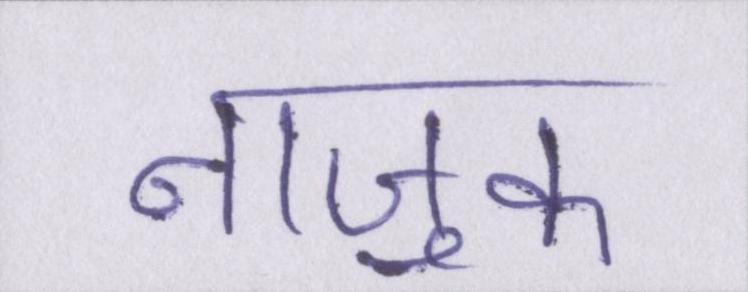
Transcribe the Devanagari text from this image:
नाजुक